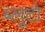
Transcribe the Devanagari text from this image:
ब्लूटो